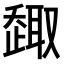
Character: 𠮋